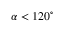
\alpha < 1 2 0 ^ { \circ }